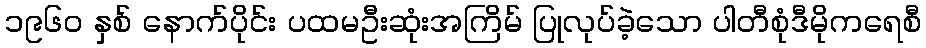
၁၉၆၀ နှစ် နောက်ပိုင်း ပထမဦးဆုံးအကြိမ် ပြုလုပ်ခဲ့သော ပါတီစုံဒီမိုကရေစီ